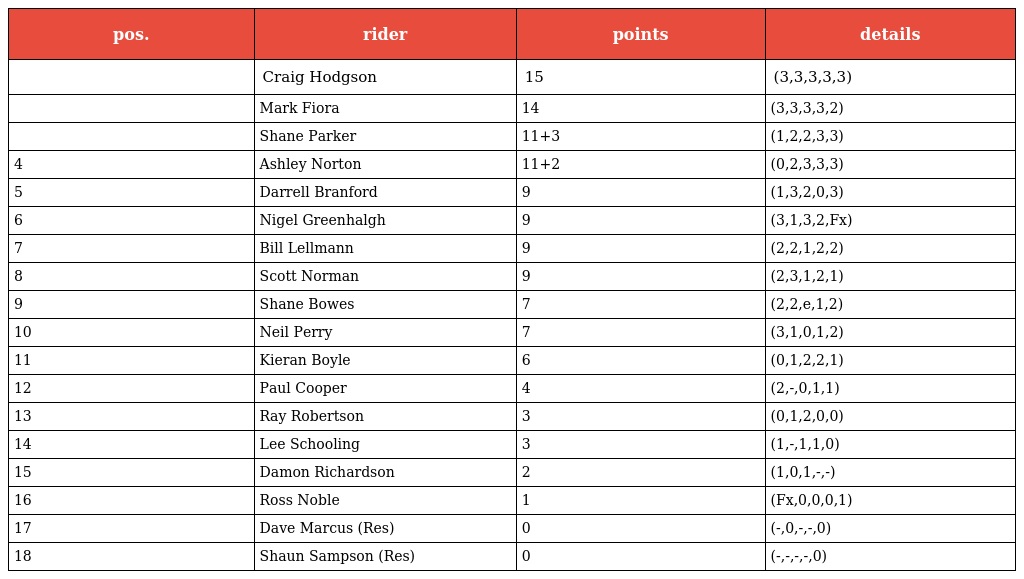
| pos. | rider | points | details |
 | --- | --- | --- | --- |
 |  | Craig Hodgson | 15 | (3,3,3,3,3) |
 |  | Mark Fiora | 14 | (3,3,3,3,2) |
 |  | Shane Parker | 11+3 | (1,2,2,3,3) |
 | 4 | Ashley Norton | 11+2 | (0,2,3,3,3) |
 | 5 | Darrell Branford | 9 | (1,3,2,0,3) |
 | 6 | Nigel Greenhalgh | 9 | (3,1,3,2,Fx) |
 | 7 | Bill Lellmann | 9 | (2,2,1,2,2) |
 | 8 | Scott Norman | 9 | (2,3,1,2,1) |
 | 9 | Shane Bowes | 7 | (2,2,e,1,2) |
 | 10 | Neil Perry | 7 | (3,1,0,1,2) |
 | 11 | Kieran Boyle | 6 | (0,1,2,2,1) |
 | 12 | Paul Cooper | 4 | (2,-,0,1,1) |
 | 13 | Ray Robertson | 3 | (0,1,2,0,0) |
 | 14 | Lee Schooling | 3 | (1,-,1,1,0) |
 | 15 | Damon Richardson | 2 | (1,0,1,-,-) |
 | 16 | Ross Noble | 1 | (Fx,0,0,0,1) |
 | 17 | Dave Marcus (Res) | 0 | (-,0,-,-,0) |
 | 18 | Shaun Sampson (Res) | 0 | (-,-,-,-,0) |